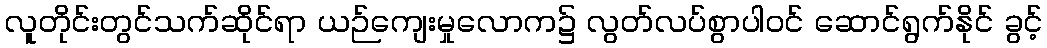
လူတိုင်းတွင်သက်ဆိုင်ရာ ယဉ်ကျေးမှုလောက၌ လွတ်လပ်စွာပါဝင် ဆောင်ရွက်နိုင် ခွင့်